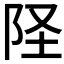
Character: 𫔽